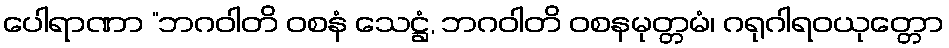
ပေါရာဏာ “ဘဂဝါတိ ဝစနံ သေဋ္ဌံ, ဘဂဝါတိ ဝစနမုတ္တမံ၊ ဂရုဂါရဝယုတ္တော